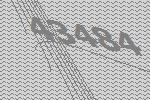
43484